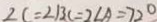
\angle C = \angle B C = 2 \angle A = 7 2 ^ { \circ }